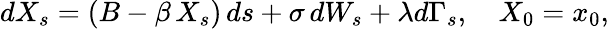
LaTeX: dX_{s}=(B-\beta\, X_{s})\, ds+\sigma\, dW_{s}+\lambda d\Gamma_{s},\quad X_{0}=x_{0},